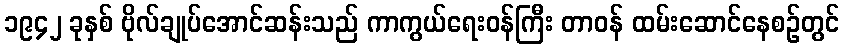
၁၉၄၂ ခုနှစ် ဗိုလ်ချုပ်အောင်ဆန်းသည် ကာကွယ်ရေးဝန်ကြီး တာဝန် ထမ်းဆောင်နေစဉ်တွင်